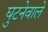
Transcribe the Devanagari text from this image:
घुटनेवाले